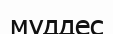
мүддес